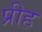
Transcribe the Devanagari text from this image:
प्रीह